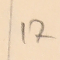
17